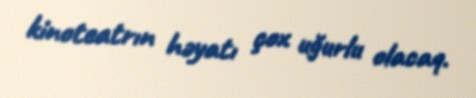
kinoteatrın həyatı çox uğurlu olacaq.